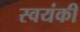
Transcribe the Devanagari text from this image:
स्वयंकी